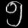
Digit: ၅